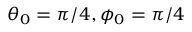
\theta _ { 0 } = \pi / 4 , \phi _ { 0 } = \pi / 4